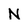
Character: N